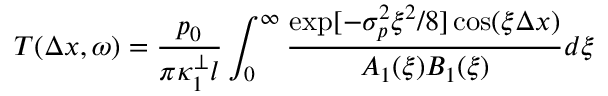
T ( \Delta x , \omega ) = \frac { p _ { 0 } } { \pi \kappa _ { 1 } ^ { \perp } l } \int _ { 0 } ^ { \infty } \frac { \exp [ - \sigma _ { p } ^ { 2 } \xi ^ { 2 } / 8 ] \cos ( \xi \Delta x ) } { A _ { 1 } ( \xi ) B _ { 1 } ( \xi ) } d \xi